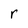
Character: r